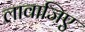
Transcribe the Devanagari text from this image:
लावाजिए